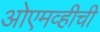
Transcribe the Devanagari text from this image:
ओएमव्हीची